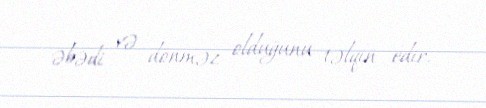
əbədi və dönməz olduğunu təlqin edir.